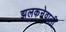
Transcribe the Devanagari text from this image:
झलकनेवाली